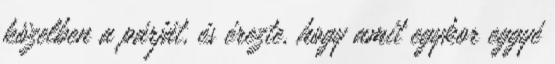
közelben a párját, és érezte, hogy amit egykor eggyé